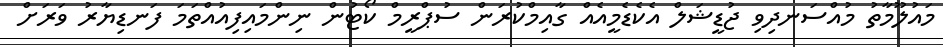
މައުލޫމާތު މުއްސަނދިވި ޖުޑީޝަލް އެކެޑެމީއެއް ގާއިމްކުރަން ސުޕްރީމް ކޯޓުން ނިންމައިފިއުއްތަމަ ފަނޑިޔާރު ވަރަށް